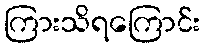
ကြားသိရကြောင်း